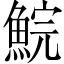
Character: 鯇